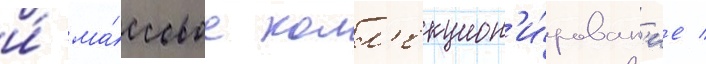
и́ ма́ссовое колл'екцион'и́рован'ие /